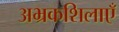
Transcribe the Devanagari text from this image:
अभ्रकशिलाएँ